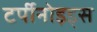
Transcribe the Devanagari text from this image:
टर्पीनोइड्स